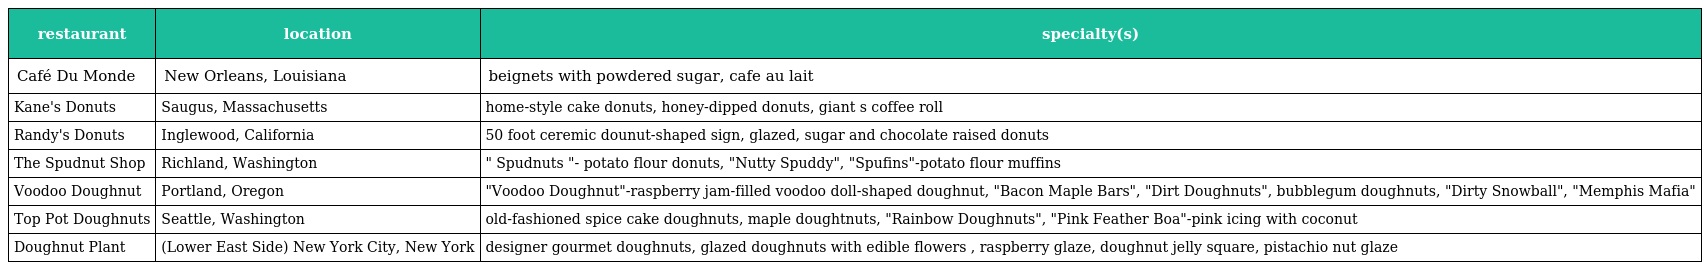
| restaurant | location | specialty(s) |
 | --- | --- | --- |
 | Café Du Monde | New Orleans, Louisiana | beignets with powdered sugar, cafe au lait |
 | Kane's Donuts | Saugus, Massachusetts | home-style cake donuts, honey-dipped donuts, giant s coffee roll |
 | Randy's Donuts | Inglewood, California | 50 foot ceremic dounut-shaped sign, glazed, sugar and chocolate raised donuts |
 | The Spudnut Shop | Richland, Washington | " Spudnuts "- potato flour donuts, "Nutty Spuddy", "Spufins"-potato flour muffins |
 | Voodoo Doughnut | Portland, Oregon | "Voodoo Doughnut"-raspberry jam-filled voodoo doll-shaped doughnut, "Bacon Maple Bars", "Dirt Doughnuts", bubblegum doughnuts, "Dirty Snowball", "Memphis Mafia" |
 | Top Pot Doughnuts | Seattle, Washington | old-fashioned spice cake doughnuts, maple doughtnuts, "Rainbow Doughnuts", "Pink Feather Boa"-pink icing with coconut |
 | Doughnut Plant | (Lower East Side) New York City, New York | designer gourmet doughnuts, glazed doughnuts with edible flowers , raspberry glaze, doughnut jelly square, pistachio nut glaze |